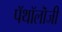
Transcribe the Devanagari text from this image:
पॅथॉलॊजी